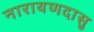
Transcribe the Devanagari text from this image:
नारायणदासु